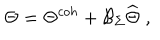
\Theta = \Theta ^ { c o h } + \mathcal { B } _ { \Sigma } \widehat { \Theta } \; ,